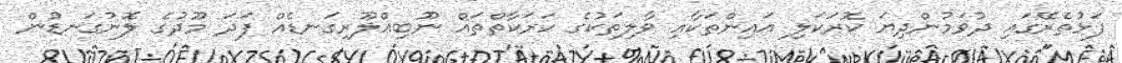
ފަޅުތެރޭގައި ދުވަމުންދިޔަ ކޮރަކަލި އައިންތަކާއި ވާލިތަކުގެ ހަރަކާތްތައް ނޫބިއްލޫރިގަނޑެއް ފަދަ މޫދުގެ ލޮނުގަނޑުން